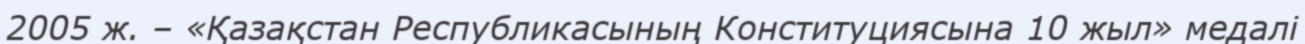
2005 ж. – «Қазақстан Республикасының Конституциясына 10 жыл» медалі